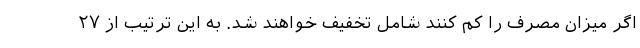
اگر میزان مصرف را کم کنند شامل تخفیف خواهند شد. به این ترتیب از ۲۷